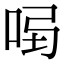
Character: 𠱣